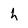
Character: h